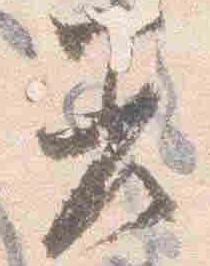
差